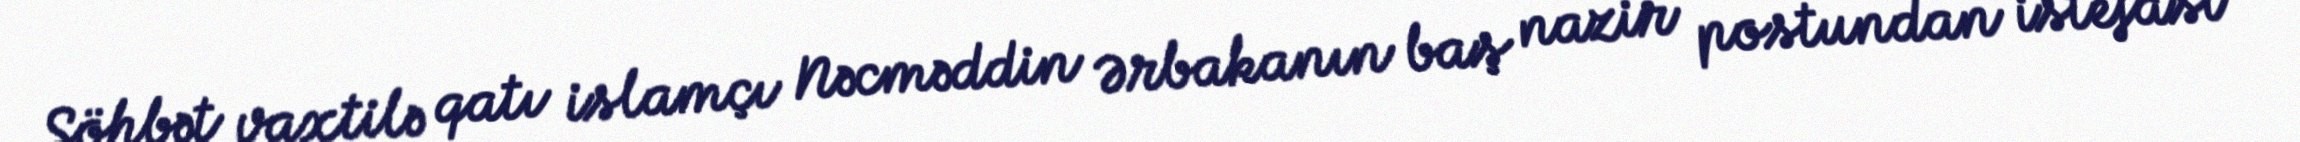
Söhbət vaxtilə qatı islamçı Nəcməddin Ərbakanın baş nazir postundan istefası